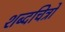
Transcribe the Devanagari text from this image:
शब्दचित्रों